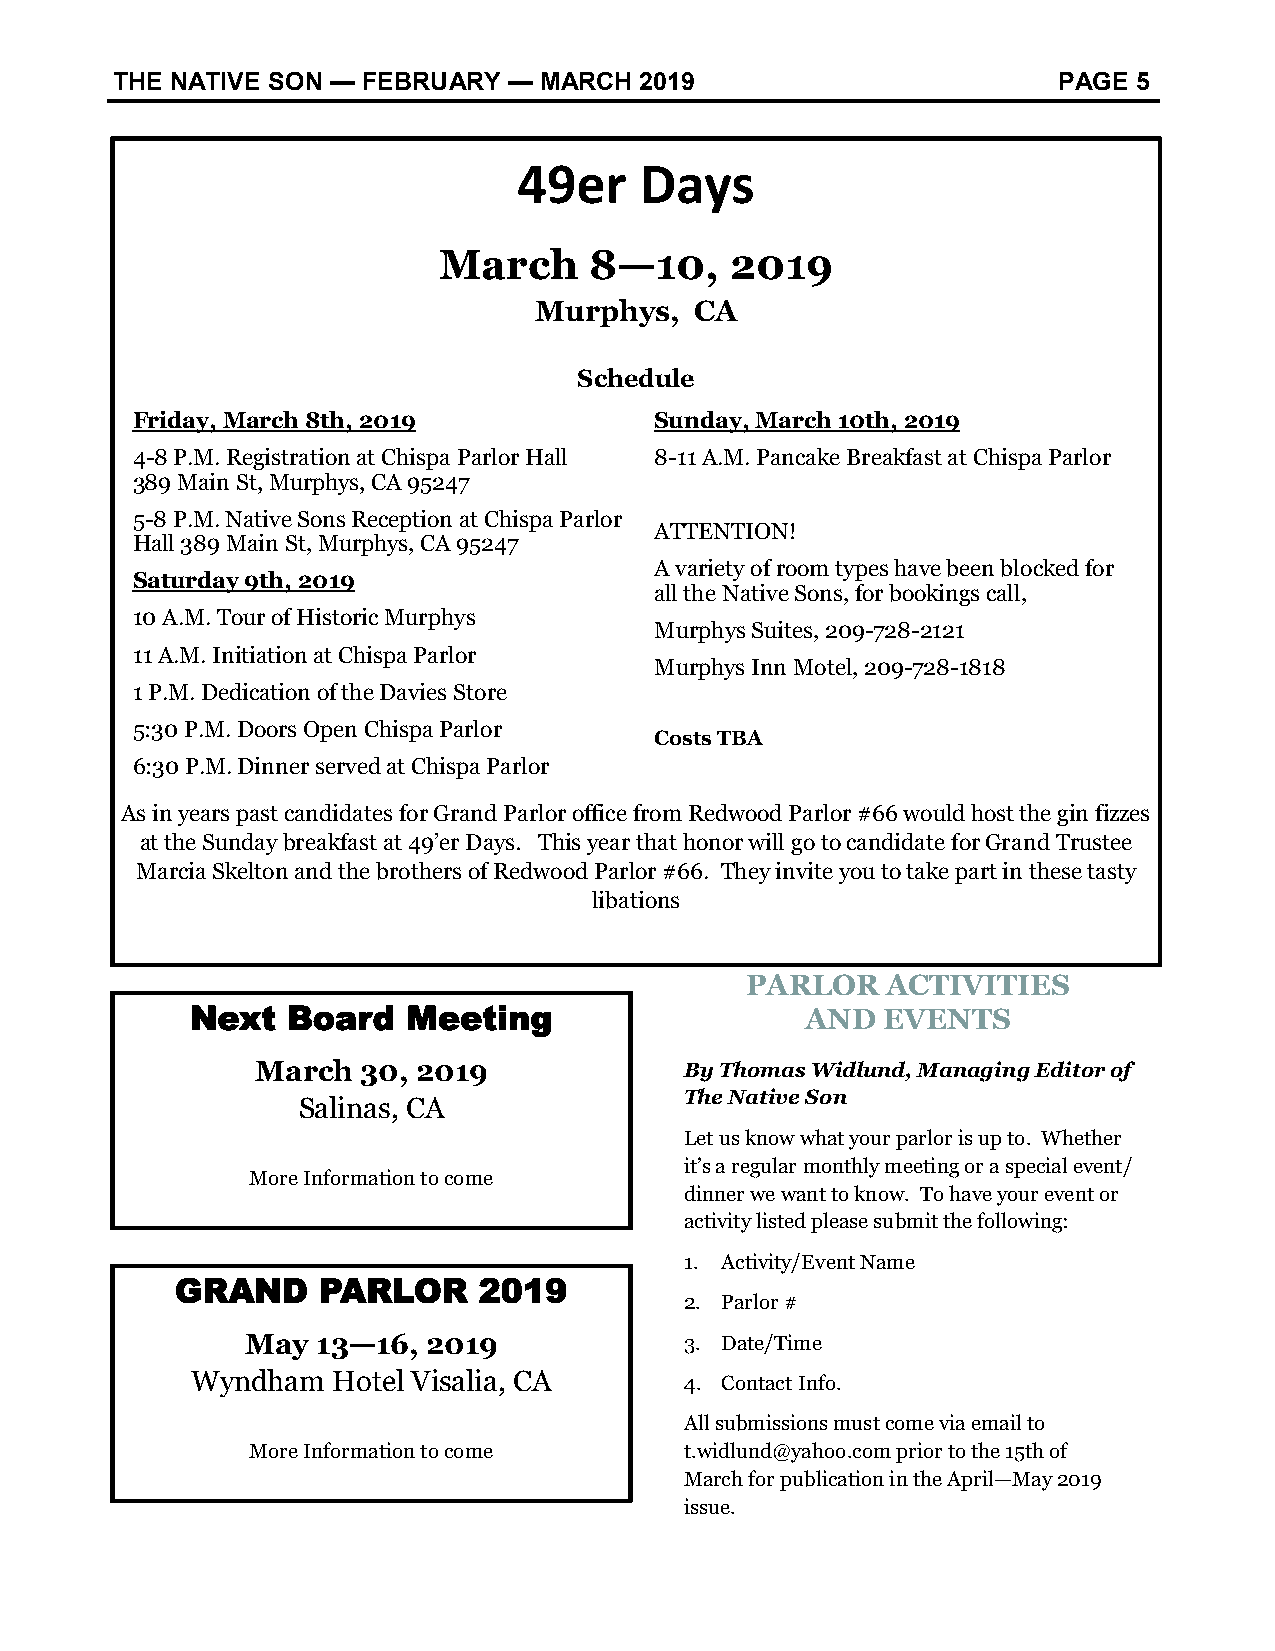
THE NATIVE SON — FEBRUARY  — MARCH 2019                        PAGE 5
 49er    Days
 March     8—10,    2019
 Murphys,   CA
 Schedule
 Friday, March 8th, 2019           Sunday, March 10th, 2019
 4-8 P.M. Registration at Chispa Parlor Hall 8-11 A.M. Pancake Breakfast at Chispa Parlor
 389 Main St, Murphys, CA 95247
 5-8 P.M. Native Sons Reception at Chispa Parlor
 ATTENTION!
 Hall 389 Main St, Murphys, CA 95247
 A variety of room types have been blocked for
 Saturday 9th, 2019
 all the Native Sons, for bookings call,
 10 A.M. Tour of Historic Murphys
 Murphys Suites, 209-728-2121
 11 A.M. Initiation at Chispa Parlor
 Murphys Inn Motel, 209-728-1818
 1 P.M. Dedication of the Davies Store
 5:30 P.M. Doors Open Chispa Parlor
 Costs TBA
 6:30 P.M. Dinner served at Chispa Parlor
 As in years past candidates for Grand Parlor office from Redwood Parlor #66 would host the gin fizzes
 at the Sunday breakfast at 49’er Days. This year that honor will go to candidate for Grand Trustee
 Marcia Skelton and the brothers of Redwood Parlor #66. They invite you to take part in these tasty
 libations
 PARLOR    ACTIVITIES
 Next  Board   Meeting                   AND  EVENTS
 March  30, 2019             By Thomas Widlund, Managing Editor of
 The Native Son
 Salinas, CA
 Let us know what your parlor is up to. Whether
 it’s a regular monthly meeting or a special event/
 More Information to come
 dinner we want to know. To have your event or
 activity listed please submit the following:
 1. Activity/Event Name
 GRAND    PARLOR     2019
 2. Parlor #
 May  13—16, 2019             3. Date/Time
 Wyndham  Hotel Visalia, CA      4. Contact Info.
 All submissions must come via email to
 More Information to come     t.widlund@yahoo.com prior to the 15th of
 March for publication in the April—May 2019
 issue.